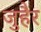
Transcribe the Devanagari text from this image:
जुहैर